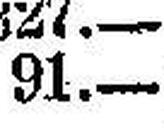
91.—